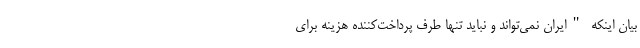
بیان اینکه "ایران نمی‌تواند و نباید تنها طرف پرداخت‌کننده هزینه برای